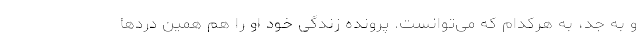
و به جد، به هرکدام که می‌توانست. پرونده زندگی خود او را هم همین دردها